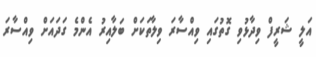
އަލީ ޝަރީފް ވިދާޅުވި ގޮތުގައި ވިއްސާރަ ވިލާތަކަށް ބަލާއިރު އެންމެ ގަދައަށް ވިއްސާރަ